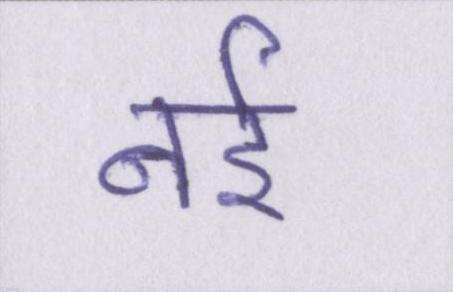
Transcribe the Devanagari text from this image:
नई